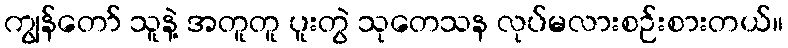
ကျွန်တော် သူနဲ့ အတူတူ ပူးတွဲ သုတေသန လုပ်မလားစဉ်းစားတယ်။